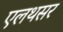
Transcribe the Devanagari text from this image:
एलथसर